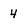
Character: 4